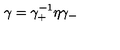
\gamma = \gamma _ { + } ^ { - 1 } \eta \gamma _ { - }